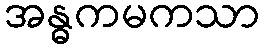
အန္ဓကမကသာ